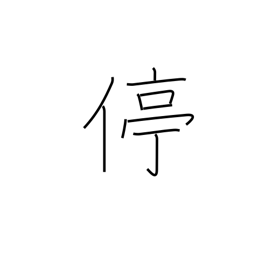
Meaning: halt